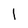
Character: 1